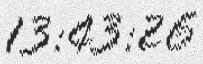
13:43:26